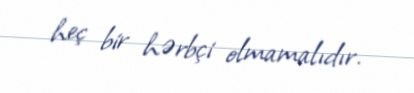
heç bir hərbçi olmamalıdır.